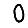
Digit: 0